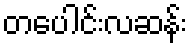
တပေါင်းလဆန်း